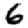
Digit: 6